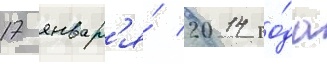
17 январ'я́ 2014 го́да